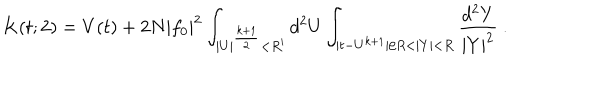
LaTeX: K ( t ; 2 ) = V ( t ) + 2 N | f _ { 0 } | ^ { 2 } \int _ { | U | ^ { \frac { k + 1 } { 2 } } < R ^ { \prime } } d ^ { 2 } U \int _ { | t - U ^ { k + 1 } | / R < | Y | < R } { \frac { d ^ { 2 } Y } { | Y | ^ { 2 } } } ~ .